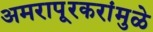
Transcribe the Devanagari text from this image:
अमरापूूरकरांमुळे